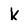
Character: k